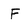
Character: F